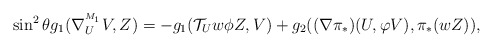
\begin{align*}\sin ^{2}\theta g_{1}(\nabla^{^{M_1}}_{U}V,Z)=-g_{1}(\mathcal{T}_{U}w\phi Z,V)+g_{2}((\nabla\pi _{\ast })(U,\varphi V),\pi _{\ast }(wZ)),\end{align*}